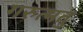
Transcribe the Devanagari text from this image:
गरुत्मतु